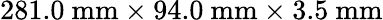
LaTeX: {281.0~\mathrm{mm\times 94.0~mm\times 3.5~mm}}